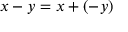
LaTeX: x - y = x + ( - y )